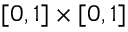
[ 0 , 1 ] \times [ 0 , 1 ]